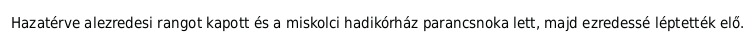
Hazatérve alezredesi rangot kapott és a miskolci hadikórház parancsnoka lett, majd ezredessé léptették elő.